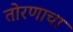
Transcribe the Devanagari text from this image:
तोरणाचा